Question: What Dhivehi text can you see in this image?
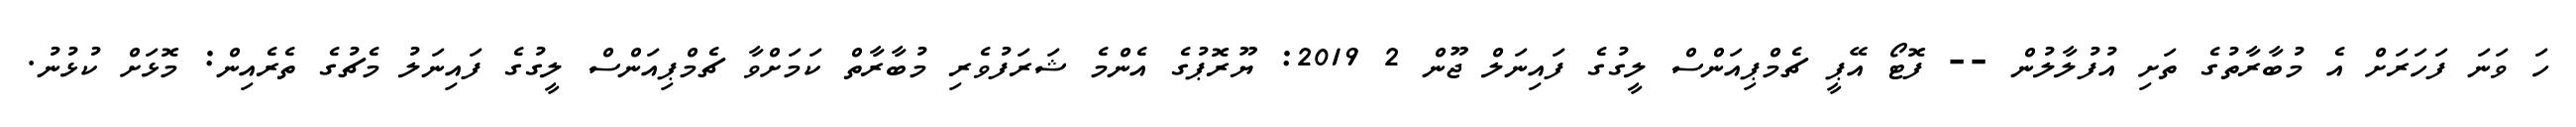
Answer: ހަ ވަނަ ފަހަރަށް އެ މުބާރާތުގެ ތަށި އުފުލާލުން -- ފޮޓޯ އޭޕީ ޗެމްޕިއަންސް ލީގުގެ ފައިނަލް ޖޫން 2 2019: ޔޫރޮޕުގެ އެންމެ ޝަރަފުވެރި މުބާރާތް ކަމަށްވާ ޗެމްޕިއަންސް ލީގުގެ ފައިނަލު މެޗުގެ ތެރެއިން: މޮޅަށް ކުޅުނު.